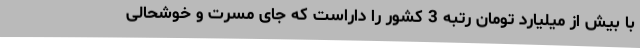
با بیش از میلیارد تومان رتبه 3 کشور را داراست که جای مسرت و خوشحالی